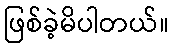
ဖြစ်ခဲ့မိပါတယ်။